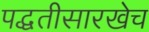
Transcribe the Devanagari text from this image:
पद्धतीसारखेच